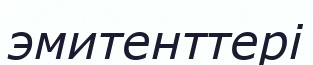
эмитенттері